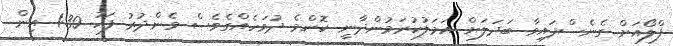
ފްލޯއަށް ގެނެސްފައިވާ ބަދަލަށް އަމަލުކުރަމުންދާނީ ކޮންމެ ދުވަހެއްގެވެސް މެންދުރު ފަހު 1:30 އިން